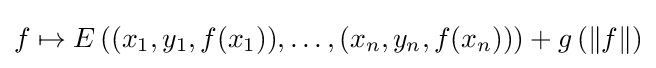
f\mapsto E\left((x_{1},y_{1},f(x_{1})),\ldots ,(x_{n},y_{n},f(x_{n}))\right)+g\left(\lVert f\rVert \right)